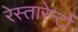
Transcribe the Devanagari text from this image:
रेस्तारेन्टों